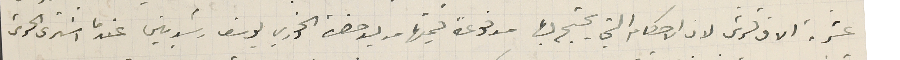
عشرة الاف غرش لان الاحكام التي يحتج بها مدفوعة قيمتها من يد حضرة الخوري يوسف رشديين عندما اشترى الحرش